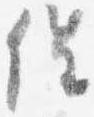
催